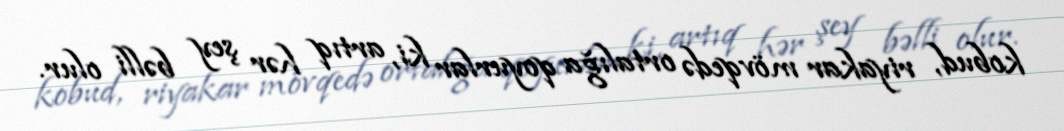
kobud, riyakar mövqedə ortalığa qoyurlar ki, artıq hər şey bəlli olur.